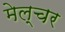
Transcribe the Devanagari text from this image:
मेल्चर